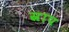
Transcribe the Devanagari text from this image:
स्राप